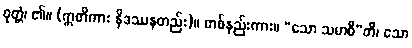
ဝုတ္တံ၊ ၏။ (ဣတိကား နိဒဿနတည်း)။ တစ်နည်းကား။ “သော သမာဓီ”တိ၊ သော